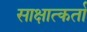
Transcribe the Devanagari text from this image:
साक्षात्कर्ता